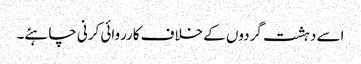
اسے دہشت گردوں کے خلاف کارروائی کرنی چاہئے۔